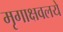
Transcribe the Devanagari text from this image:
मृगाक्षवलये